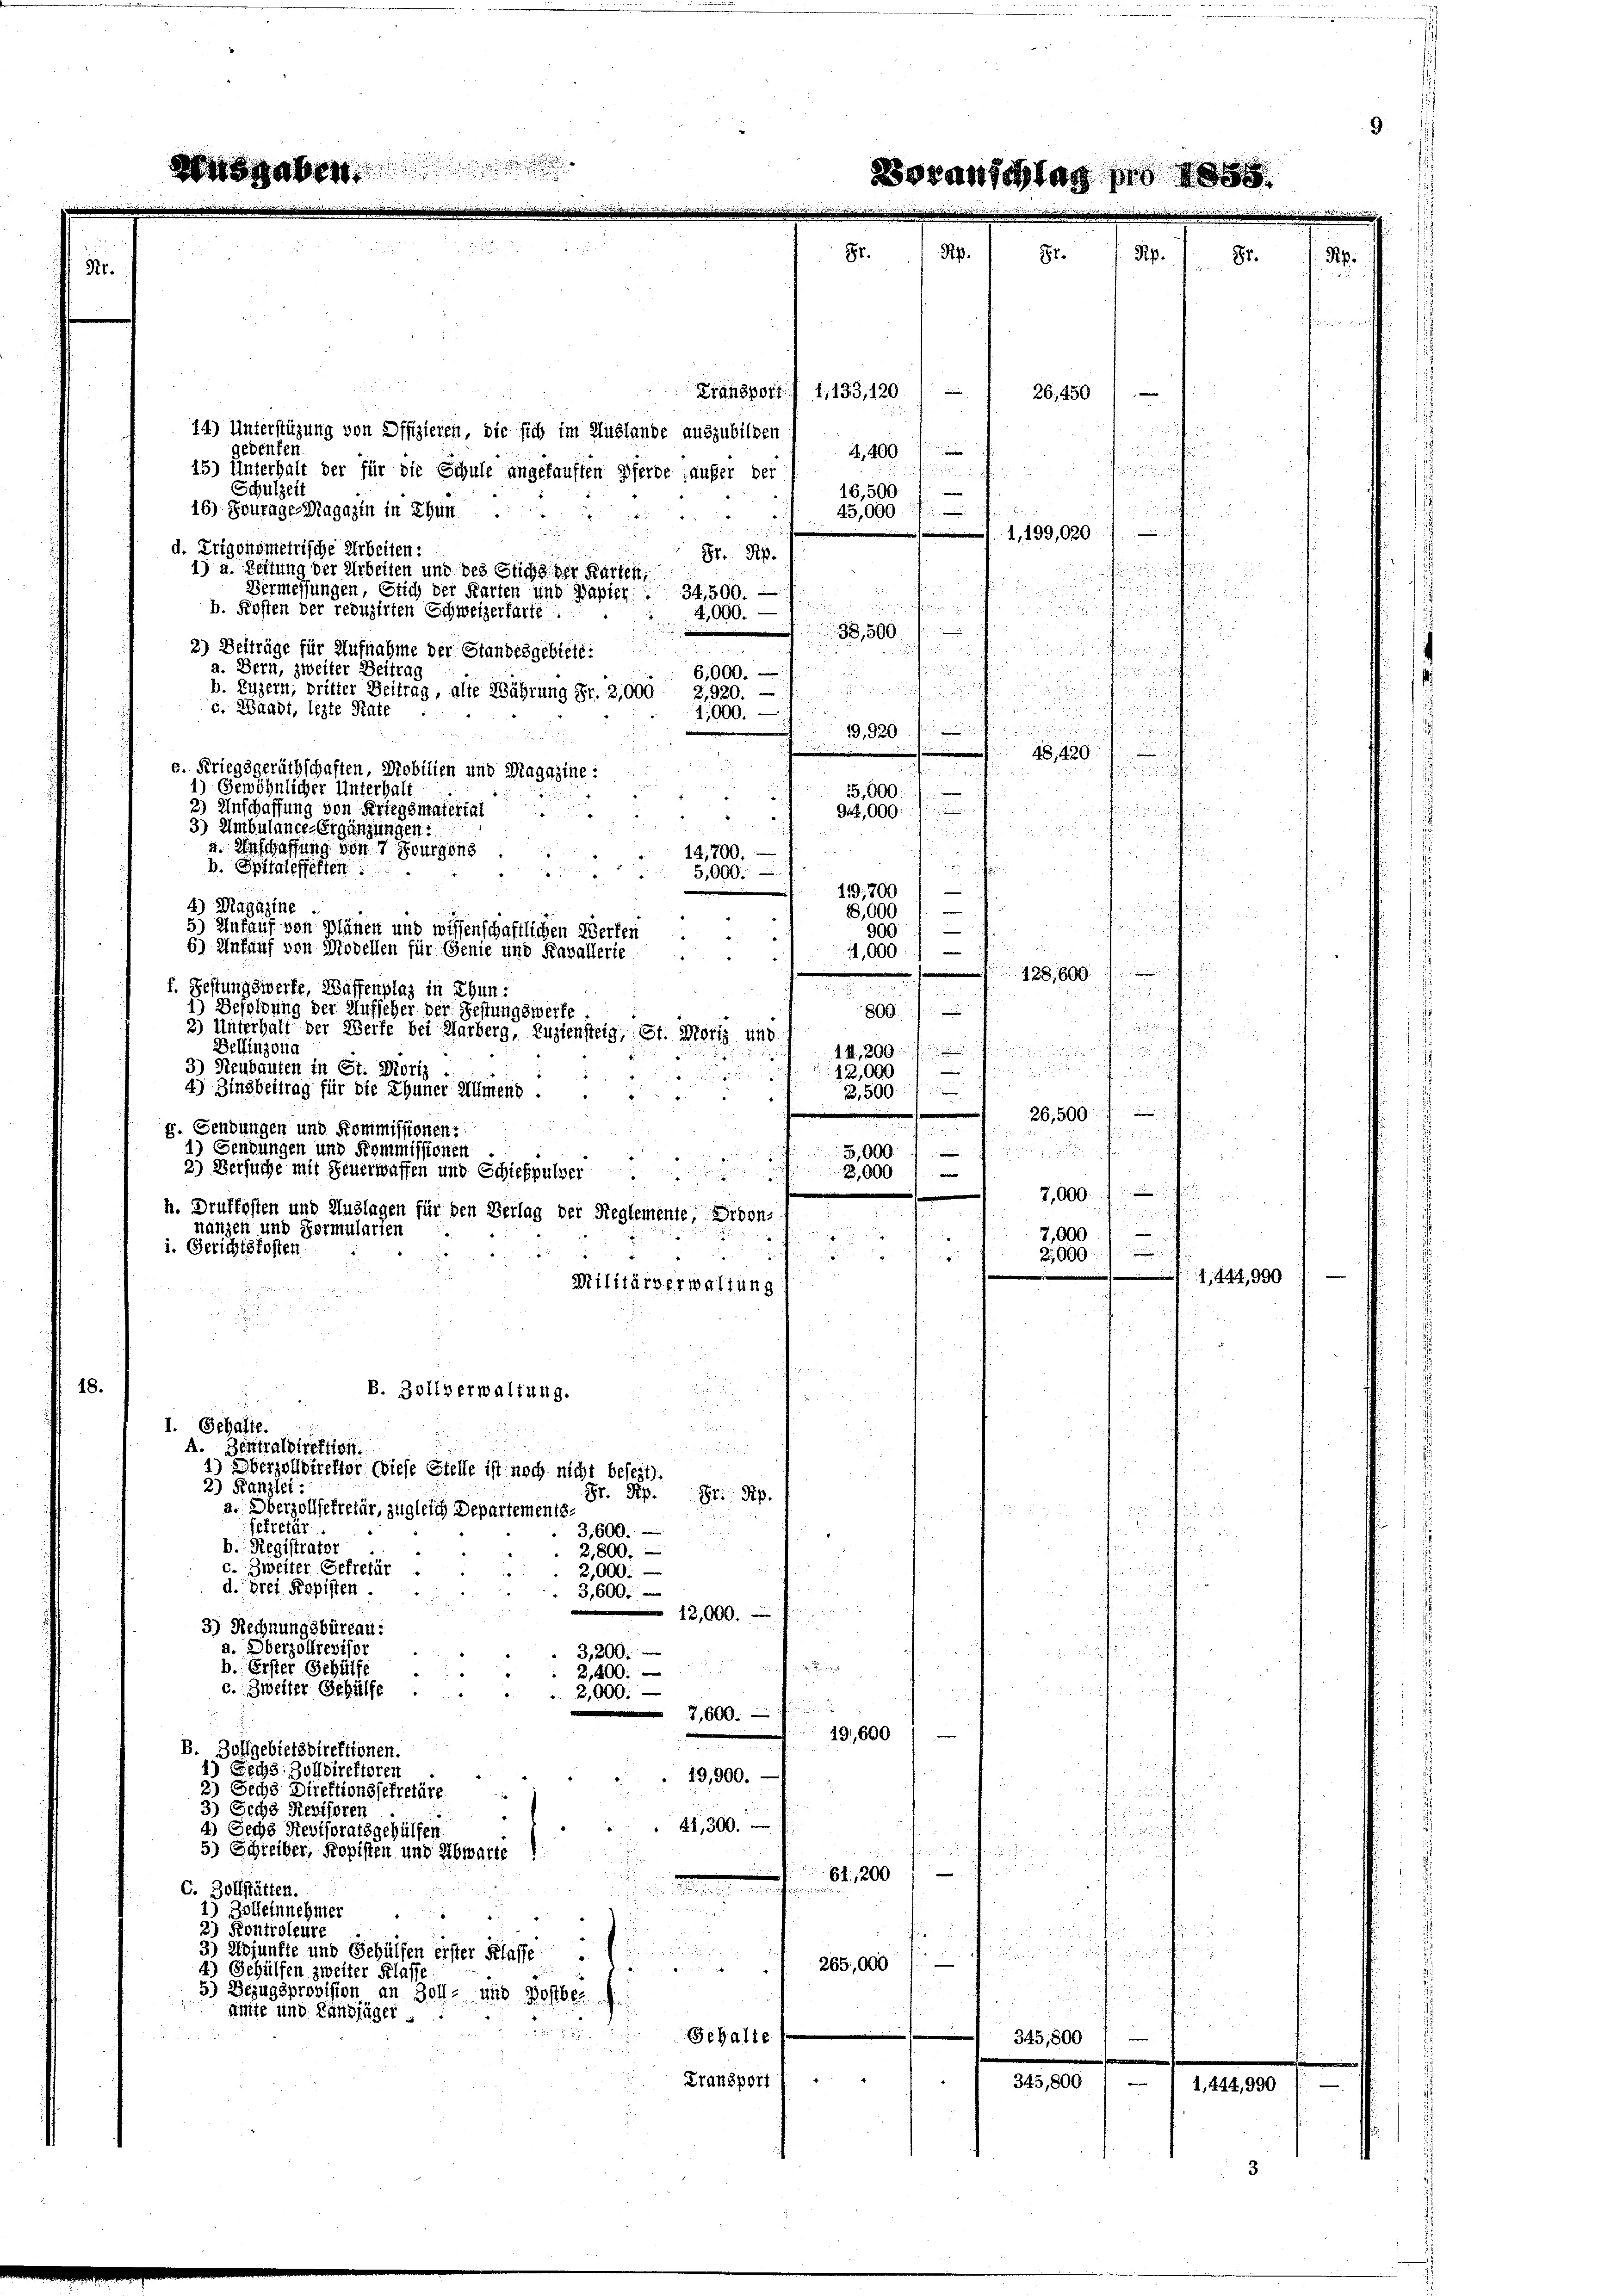
Transport / 1,133, 120 / —
26,450
14) Unterstüzung von Offizieren, die sich im Auslande auszubilden 1 Jaco
gedenten
15) Unterhalt der für die Schule angekauften Pferde aufer der
dem durch
Schulzeit
16,500
16) Fourages Magazin in Thun ...
2
45,000
a
.
1,199,0207
d. Trigonometrische Arbeiten:
Fr. Rp.
niten
1) a. Lettung der Arbeiten und des Stichs der Karten,
Vermessungen, Glich der Karten und Papfer. . 34,500. —

b. Kosten der reduzirten Schweizerfarte.
4,000.
3,500 f
2) Beiträge für Aufnahme der Standesgebiete:
dienen der
a. Bern, zweiter Beitrag
i u der
6,000.

B
b. Luzern, britter Beitrag, alte Währung Fr. 2,000 3,920. —
.

c. Waadt, lezte Rate
.
1,000.
ns könn
19,939 de

48,429 1
 zu
e. Kriegsgeräthschaften, Mobilien und Magazine:

25,000.
1
2) Anschaffung von Kriegsmaterial.

hin einen sich un
944,000
"

d

u. Anschaffung von 7 Bourgens
in ein Theilun
14,700.

b. Spitaleffetten

,900
e
119, 200
4) Magazine
un nichten
e
18,000
5) Unfauf von Plänen und wissenschaftlichen Werten
–
der Grun
900
3
6) Ankauf von Modellen für Genie und Kavallerie
e
11,000
8
f. Festungswerke, Waffenplaz in Ehun:
1) Besoldung der Aufseher der Festungswerfe
800.
2) Unterhalt der Werfe bei Härberg, Zuziensteig, St. Moriz und
Bellinzona
hinung einer seinen
3.) Neubauten in St. Moriz
ununter nicht und
12,000

4) Zinsbeitrag für die Thuner Würens

3,500
g. Gendungen und Kommissionen:
.

1) Sendungen und Kommissionen
5,000
2) Versuche mit Feuerwaffen und Schiefpulver.3,000
7,000.
h. Drüffosten und Auslagen für den Verlag der Reglemente, Sidon-

nanzen und Formularten
7,000

i. Gerichtskosten
eruhen den de
2,000
e
14
Militärverwaltung
.

.
18.

B. Zollverwaltung.
2

I. Gehalte.
A. Zentraldirektion.

1) Überzolldirekter (diese Stelle ist noch nicht besezt).
2) Kanzlei:
Hr. Rp. St. Ap
a. Oberzollsekretär, zugleich Departements

sekretar
3,600.
b. Registrator
2,800.
c. Zweiter Gefrefür
2,000.
d. drei Ropisten.
3,600.

12,000.
3) Rechnungsbüreau.
a. Überzöllrevisor
3,200.

b. Erster Gehülfe
2,400
c. Zweiter Gehülfe
 2
2,000.
7,600.
19,600
B. Zollgebietsdirektionen.
1) Sechs Zolldirektoren
19,900.
2) Sechs Direktionssekretäre.
3) Sechs Revisoren
41,300.
4) Sechs Revisoratsgehülfen
frid
5.) Schreiber, Kopisten und Abwarte
d
e
61,200
.
C. Zollstätten.

1) Zolleinnehmer

2) Kontroleure
¬
n
3) Adjunkte und Gehülfen erster Klasse

265,000

4) Gehülfen zweiter Klasse
5.) Bezugsprovision an Zoll- und Postber
ümte und Landjäger . .
27
Gehalte
345,800 f —
Transport
345,800 ) — 1 1,44.

1) Gewöhnlicher Unterhalt
3) Ambulance-Ergänzungen:

oote d

Sr.

oranschlag pro

26,500 f

¬